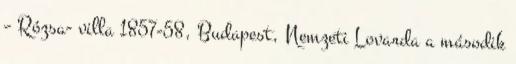
– Rózsa- villa 1857-58, Budapest, Nemzeti Lovarda a második